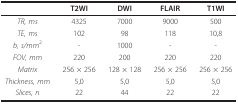
<table><thead><tr><td></td><td><b>T2WI</b></td><td><b>DWI</b></td><td><b>FLAIR</b></td><td><b>T1WI</b></td></tr></thead><tbody><tr><td><i>TR, ms</i></td><td>4325</td><td>7000</td><td>9000</td><td>500</td></tr><tr><td><i>TE, ms</i></td><td>102</td><td>98</td><td>118</td><td>10,8</td></tr><tr><td><i>b, s/mm</i><sup>2</sup></td><td>-</td><td>1000</td><td>-</td><td>-</td></tr><tr><td><i>FOV, mm</i></td><td>220</td><td>200</td><td>220</td><td>220</td></tr><tr><td><i>Matrix</i></td><td>256 × 256</td><td>128 × 128</td><td>256 × 256</td><td>256 × 256</td></tr><tr><td><i>Thickness, mm</i></td><td>5,0</td><td>5,0</td><td>5,0</td><td>5,0</td></tr><tr><td><i>Slices, n</i></td><td>22</td><td>44</td><td>22</td><td>22</td></tr></tbody></table>